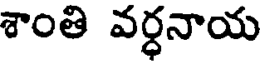
శాంతి వర్ధనాయ